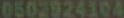
0502924104